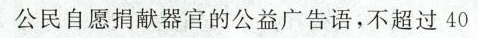
公民自献器官的公益广告语，不超过40